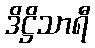
ဒိဋ္ဌိသာရီ